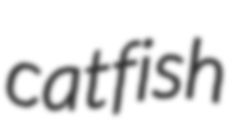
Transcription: catfish